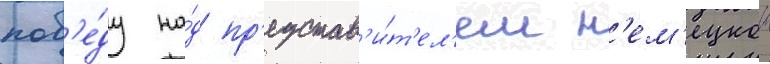
поб'е́ду на́д пр'едстав'и́т'ел'ем н'ем'ецкои